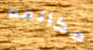
مكالمه